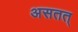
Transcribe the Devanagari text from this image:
असतत्